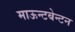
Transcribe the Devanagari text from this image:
माऊन्टबेन्टन